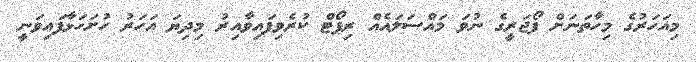
މިއަހަރުގެ މިހާތަނަށް ފޯޖަރީގެ ނުވަ މައްސަލައެއް ރިޕޯޓް ކުރެވިފައިވާއިރު މިދިޔަ އަހަރު ހުށަހަޅާފައިވަނީ